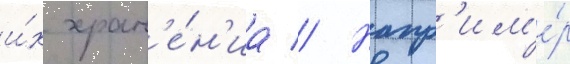
и́х хран'е́н'иа // Напр'им'е́р